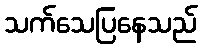
သက်သေပြနေသည်